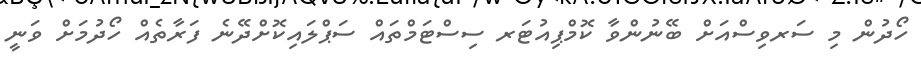
ހޯދުން މި ސަރވިސްއަށް ބޭނުންވާ ކޮމްޕިއުޓަރ ސިސްޓަމްތައް ސަޕްލައިކޮށްދޭނެ ފަރާތެއް ހޯދުމަށް ވަނީ